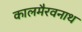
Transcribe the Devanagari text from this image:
कालमैरवनाथ